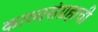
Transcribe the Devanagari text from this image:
काव्यसंग्रहाची